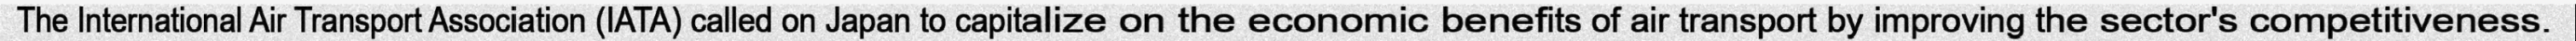
The International Air Transport Association (IATA) called on Japan to capitalize on the economic benefits of air transport by improving the sector's competitiveness.